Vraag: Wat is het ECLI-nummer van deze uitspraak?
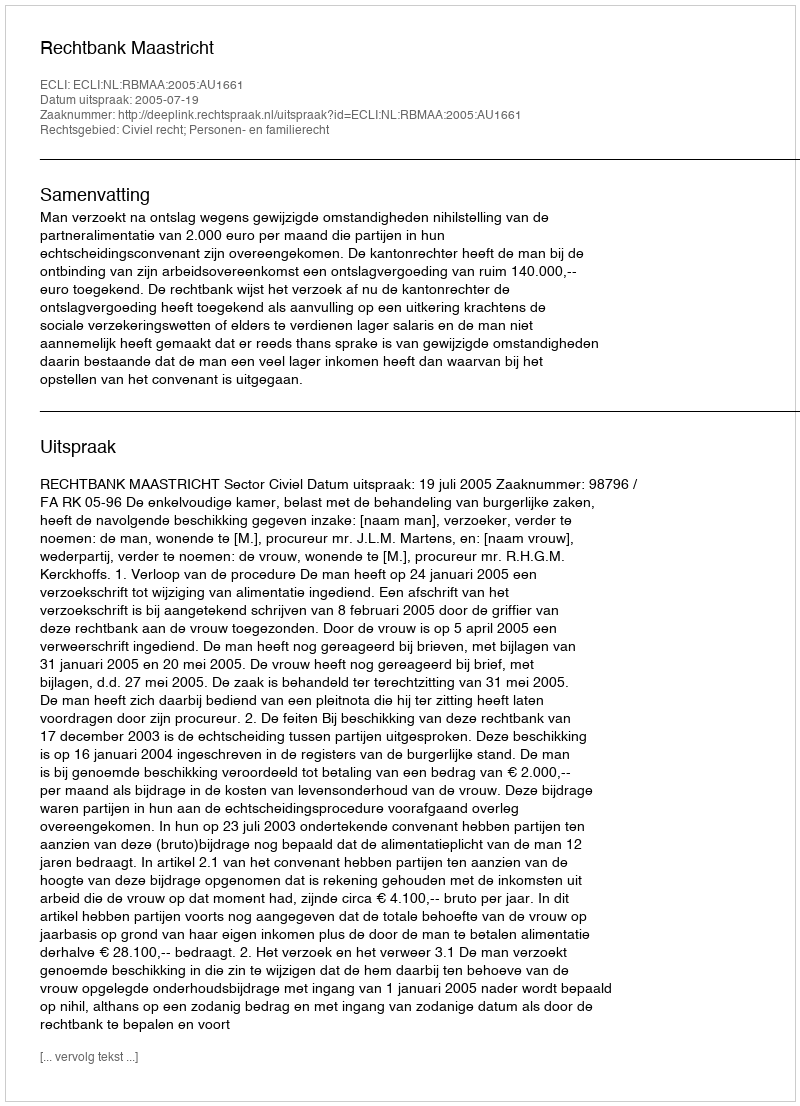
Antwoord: ECLI:NL:RBMAA:2005:AU1661